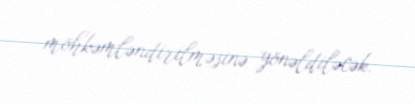
möhkəmləndirilməsinə yönəldiləcək.